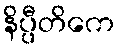
နိပ္ပီတိကေ